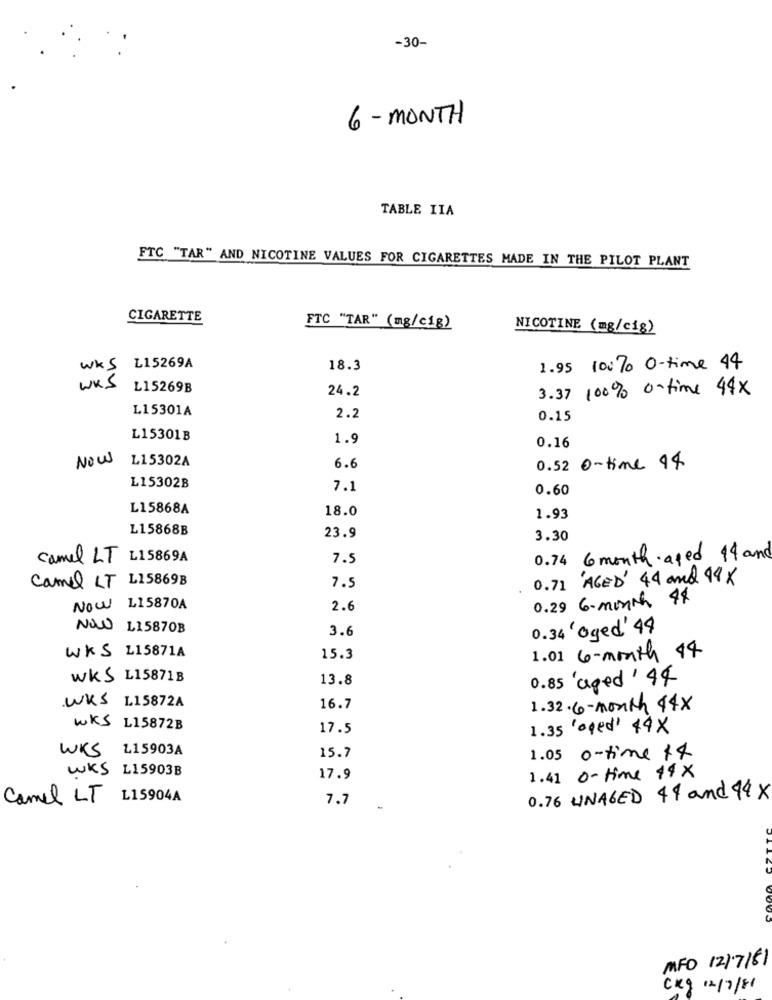
-30-
6 - MONTH
TABLE IIA
FTC "TAR" AND NICOTINE VALUES FOR CIGARETTES MADE IN THE PILOT PLANT
CIGARETTE
FTC "TAR" (mg/c1g)
NICOTINE (mg/cig)
WKS L15269A
18.3
1.95 10: 70 O-time 44
WKS
L15269B
24.2
3.37 100% 0-time 44x
L15301A
2.2
0.15
L15301B
1.9
0.16
NOW
L15302A
6.6
0.52 0-time 94
L15302B
7.1
0.60
L15868A
18.0
1.93
L15868B
23.9
3.30
camel LT L15869A
7.5
0.74 6 month aged 14 and
Camel LT L15869B
0.71 AGED' 44 and 99 x
7.5
0.29 6-month 48
NOW LI5870A
2.6
NOW L15870B
3.6
0.34 'oged' 44
WKS L15871A
15.3
1.01 6-month $4
WKS L15871B
13.8
0.85 'aged' 44
WKS L15872A
16.7
1.32. 6 - month 44x
WKS L15872B
17.5
1.35 'aged' 44X
WKS L15903A
15.7
1.05 0-time 14
WKS L15903B
17.9
1.41 0-time 14x
Camel LT L15904A
7.7
0.76 UNAGED 49 and 14 x
MFO 12/7/81
Ckg 12/7/81